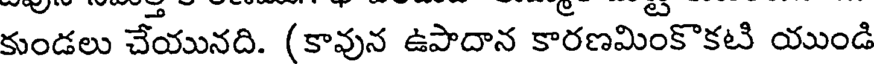
కుండలు చేయునది. (కావున ఉపాదాన కారణమింకొకటి యుండి